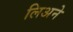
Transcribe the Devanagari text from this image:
लिअने